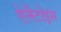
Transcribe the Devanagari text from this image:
ऐलैटोइस